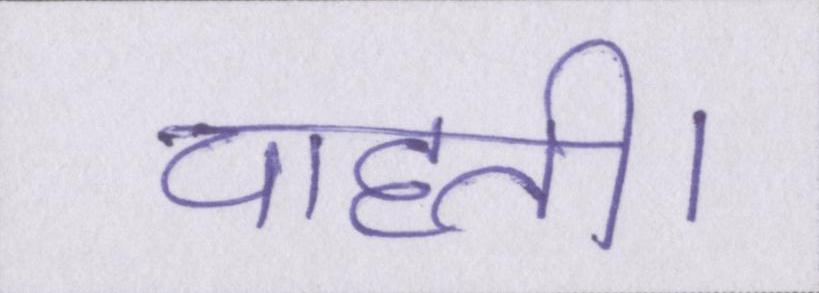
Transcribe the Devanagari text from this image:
चाहती।